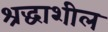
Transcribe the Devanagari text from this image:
श्रद्धाशील